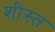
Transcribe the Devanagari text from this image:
शीस्त